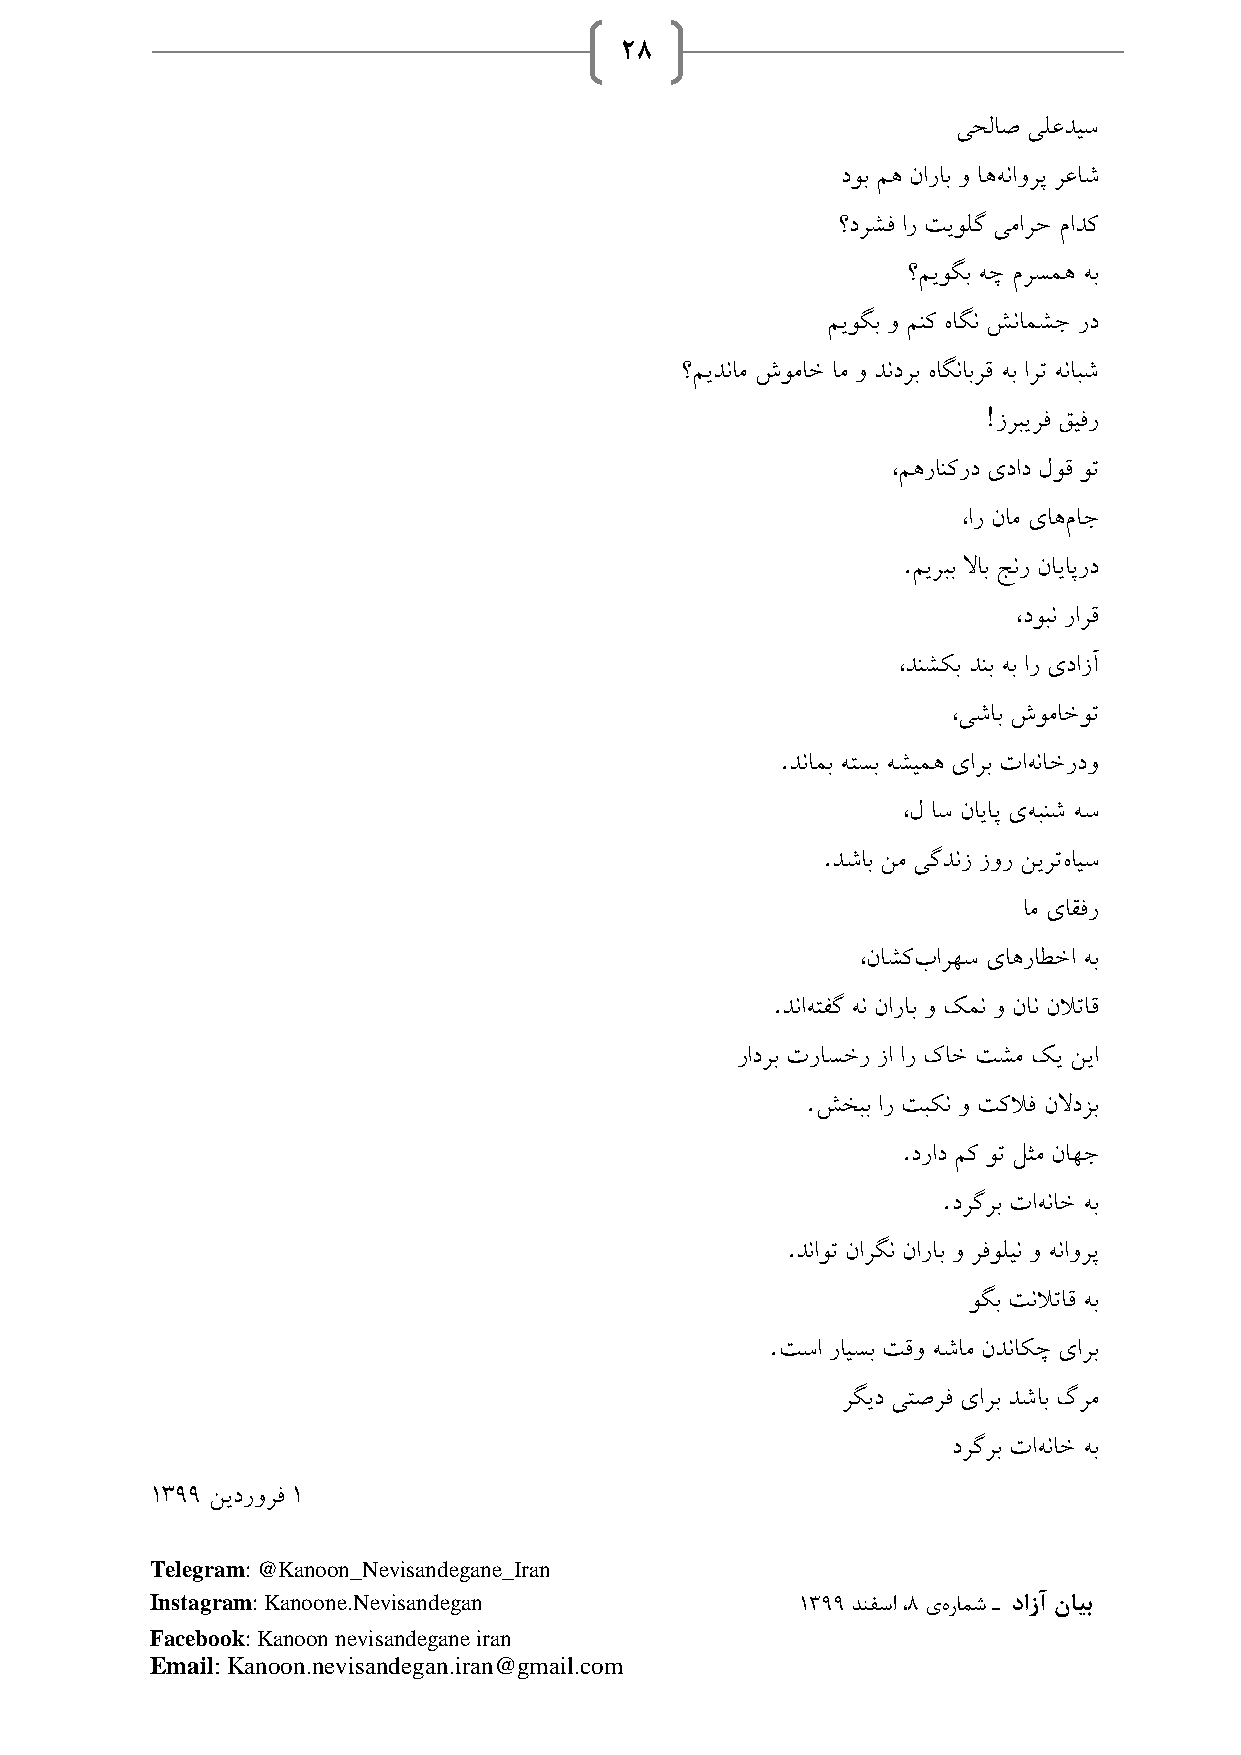
28
 یحلاص یلعدیس
 دوب مه ناراب و اههناورپ رعاش
 ؟درشف ار تیولگ یمارح مادک
 ؟میوگب هچ مرسمه هب
 میوگب و منک هاگن شنامشج رد
 ؟میدنام شوماخ ام و دندرب هاگنابرق هب ارت هنابش
 !
 زربیرف قیفر
 ،مهرانکرد یداد لوق وت
 ،ار نام یاهماج
 .
 میربب لااب جنر نایاپرد
 ،دوبن رارق
 ،دنشکب دنب هب ار یدازآ
 ،یشاب شوماخوت
 .
 دنامب هتسب هشیمه یارب تاهناخردو
 ،ل اس نایاپ یهبنش هس
 .
 دشاب نم یگدنز زور نیرتهایس
 ام یاقفر
 ،ناشکبارهس یاهراطخا هب
 .
 دناهتفگ هن ناراب و کمن و نان نلاتاق
 رادرب تراسخر زا ار کاخ تشم کی نیا
 .
 شخبب ار تبکن و تکلاف نلادزب
 .
 دراد مک وت لثم ناهج
 .
 درگرب تاهناخ هب
 .
 دناوت نارگن ناراب و رفولین و هناورپ
 وگب تنلاتاق هب
 .
 تسا رایسب تقو هشام ندناکچ یارب
 رگید یتصرف یارب دشاب گرم
 درگرب تاهناخ هب
 1399 نیدرورف 1
 Telegram: @Kanoon_Nevisandegane_Iran
 Instagram: Kanoone.Nevisandegan            1399 دنفسا ،8 یهرامش ـ دازآ نایب
 Facebook: Kanoon nevisandegane iran
 Email: Kanoon.nevisandegan.iran@gmail.com